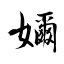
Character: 嬭